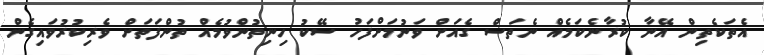
އެތަކެތިން އޭނާ ކުރާނެކަމެއް ނެތަސް ގެއަށް ވަނުމަށްފަހު ސޭކު ހިނިތުންވުމެއް ތުންފަތަށް ވެރިކުރުވައިގެން